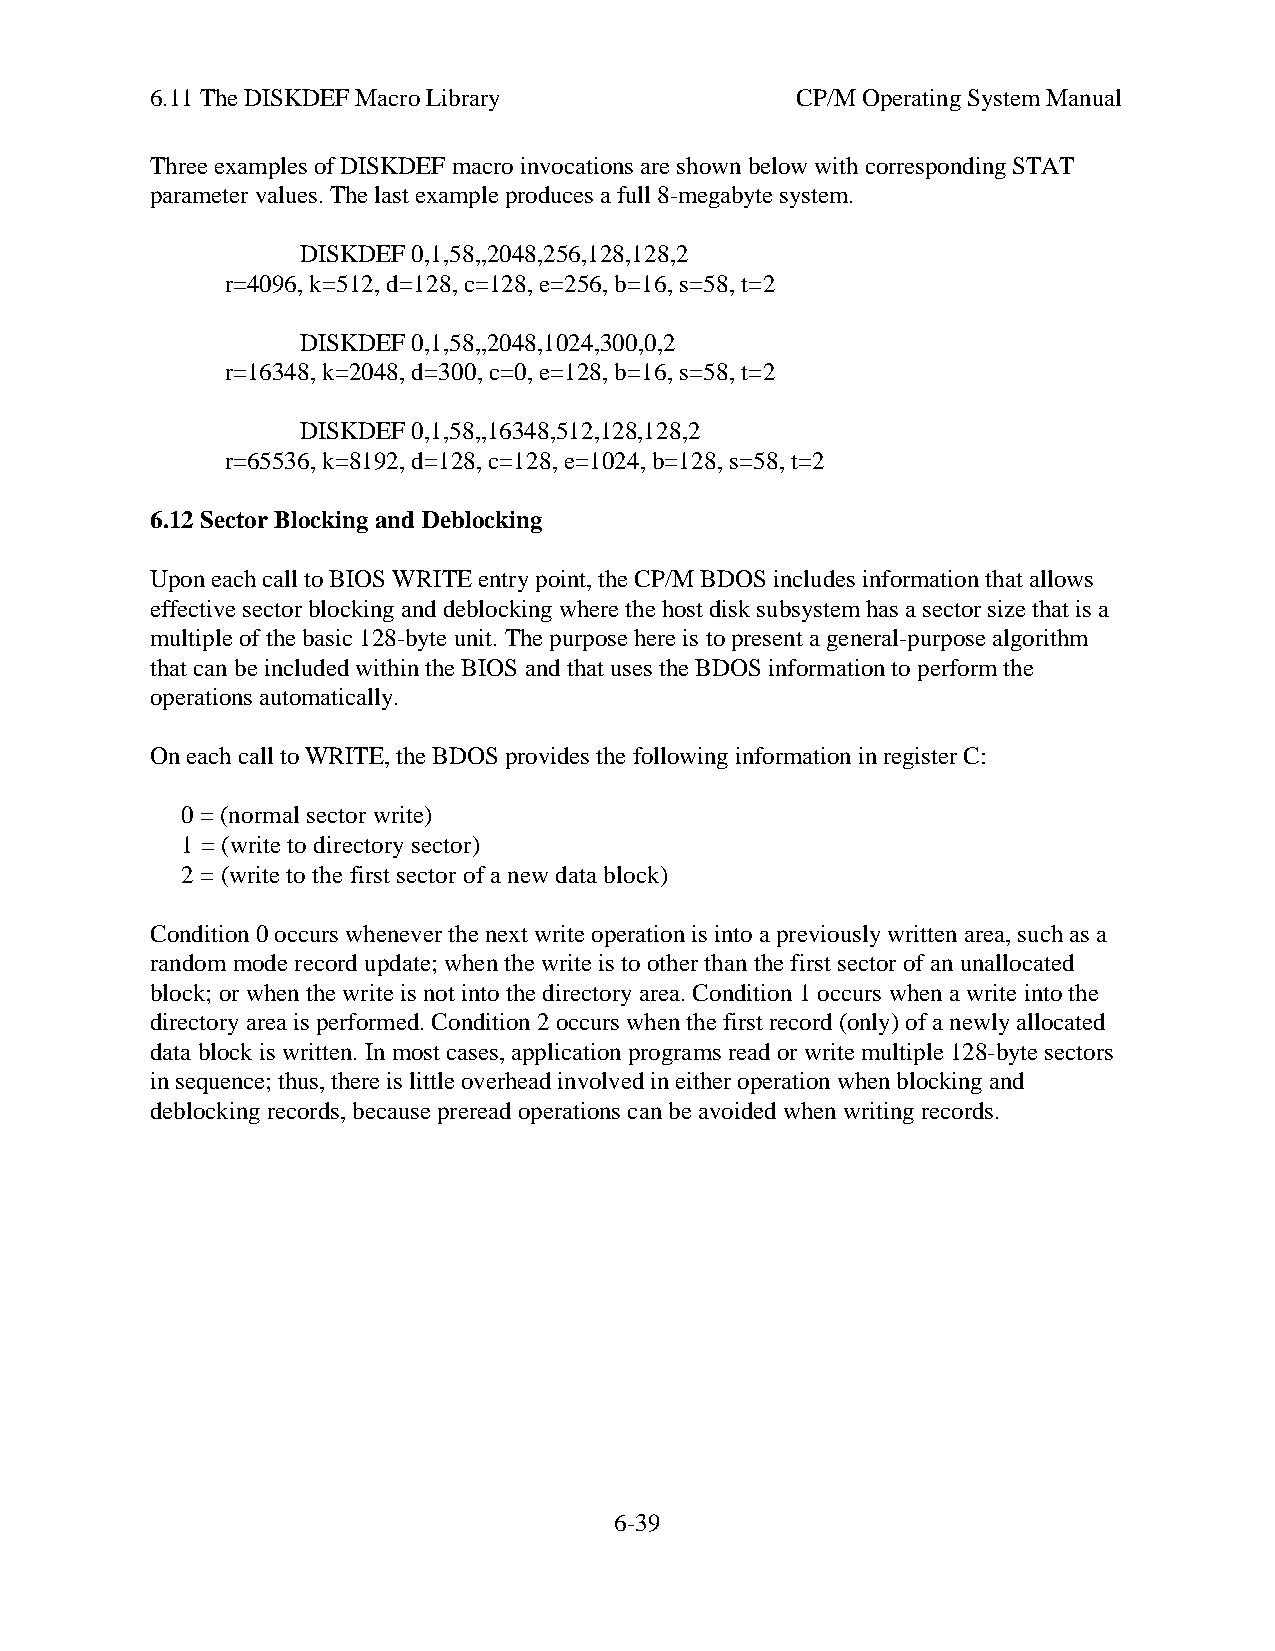
6.11 The DISKDEF Macro Library             CP/M Operating System Manual
 Three examples of DISKDEF macro invocations are shown below with corresponding STAT
 parameter values. The last example produces a full 8-megabyte system.
 DISKDEF 0,1,58,,2048,256,128,128,2
 r=4096, k=512, d=128, c=128, e=256, b=16, s=58, t=2
 DISKDEF 0,1,58,,2048,1024,300,0,2
 r=16348, k=2048, d=300, c=0, e=128, b=16, s=58, t=2
 DISKDEF 0,1,58,,16348,512,128,128,2
 r=65536, k=8192, d=128, c=128, e=1024, b=128, s=58, t=2
 6.12 Sector Blocking and Deblocking
 Upon each call to BIOS WRITE entry point, the CP/M BDOS includes information that allows
 effective sector blocking and deblocking where the host disk subsystem has a sector size that is a
 multiple of the basic 128-byte unit. The purpose here is to present a general-purpose algorithm
 that can be included within the BIOS and that uses the BDOS information to perform the
 operations automatically.
 On each call to WRITE, the BDOS provides the following information in register C:
 0 = (normal sector write)
 1 = (write to directory sector)
 2 = (write to the first sector of a new data block)
 Condition 0 occurs whenever the next write operation is into a previously written area, such as a
 random mode record update; when the write is to other than the first sector of an unallocated
 block; or when the write is not into the directory area. Condition 1 occurs when a write into the
 directory area is performed. Condition 2 occurs when the first record (only) of a newly allocated
 data block is written. In most cases, application programs read or write multiple 128-byte sectors
 in sequence; thus, there is little overhead involved in either operation when blocking and
 deblocking records, because preread operations can be avoided when writing records.
 6-39